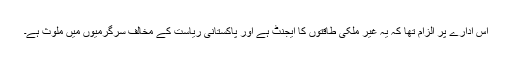
اس ادارے پر الزام تھا کہ یہ غیر ملکی طاقتوں کا ایجنٹ ہے اور پاکستانی ریاست کے مخالف سرگرمیوں میں ملوث ہے۔